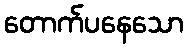
တောက်ပနေသော